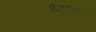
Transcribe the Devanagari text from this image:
दिधल्या।।